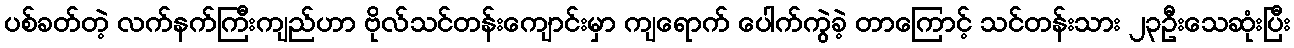
ပစ်ခတ်တဲ့ လက်နက်ကြီးကျည်ဟာ ဗိုလ်သင်တန်းကျောင်းမှာ ကျရောက် ပေါက်ကွဲခဲ့ တာကြောင့် သင်တန်းသား ၂၃ဦးသေဆုံးပြီး